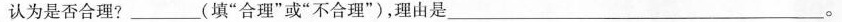
认为是否合理?___(填“合理“或”不合理”)，理由是___